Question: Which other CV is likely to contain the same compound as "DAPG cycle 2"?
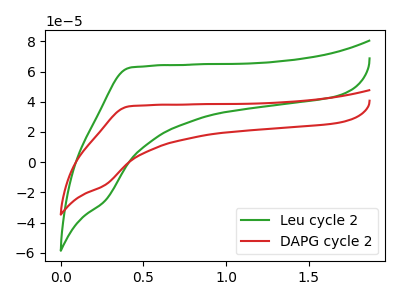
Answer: <think>The green curve "Leu cycle 2" has no peaks. The red curve "DAPG cycle 2" has no peaks.
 Neither "Leu cycle 2" or "DAPG cycle 2" have any peaks.</think>
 <answer>The CV with the most similar shape to "Leu cycle 2" is "DAPG cycle 2".</answer>
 <eval>"DAPG cycle 2"</eval>